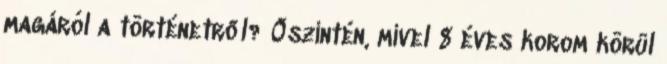
magáról a történetről? Őszintén, mivel 8 éves korom körül